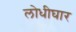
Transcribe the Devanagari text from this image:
लोधीघार